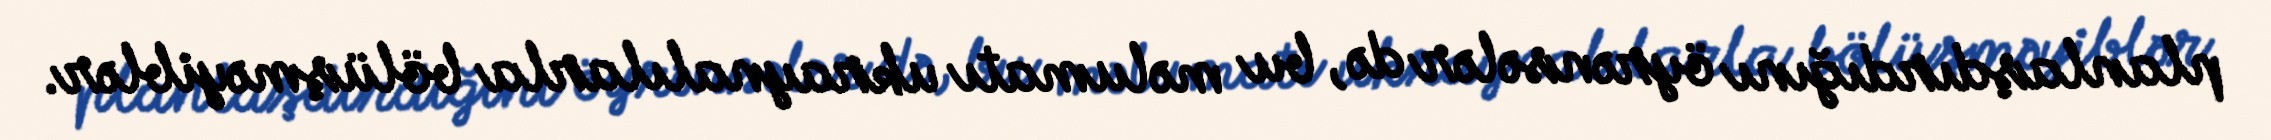
planlaşdırdığını öyrənsələr də, bu məlumatı ukraynalılarla bölüşməyiblər.